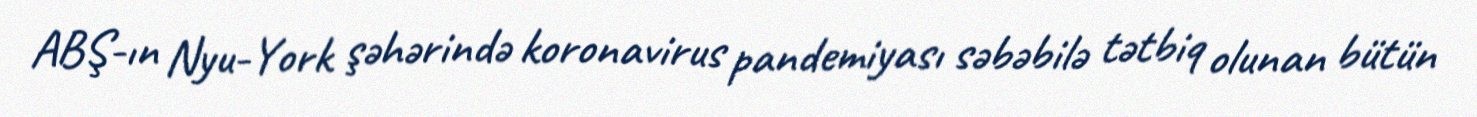
ABŞ-ın Nyu-York şəhərində koronavirus pandemiyası səbəbilə tətbiq olunan bütün